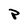
Character: P